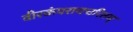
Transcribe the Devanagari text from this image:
वीरकंपरायचरितम्